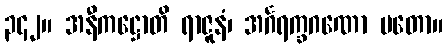
၃၄၂။ အနီကဋ္ဌောတိ ရာဇူနံ၊ အင်္ဂရက္ခဂဏော မတော။